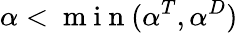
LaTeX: \alpha<\mathrm{~m~i~n~}(\alpha^{T},\alpha^{D})